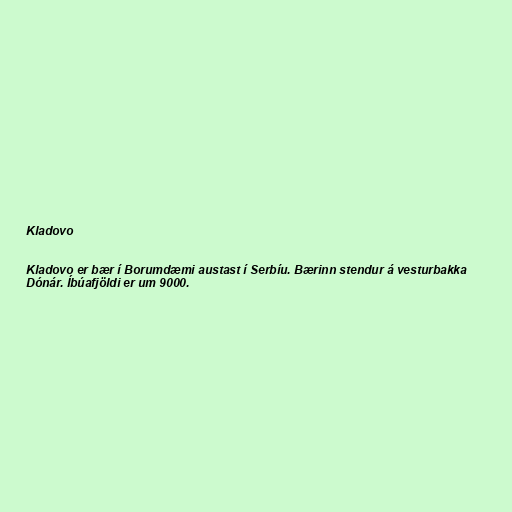
Kladovo

Kladovo er bær í Borumdæmi austast í Serbíu. Bærinn stendur á vesturbakka
Dónár. Íbúafjöldi er um 9000.